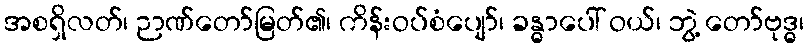
အစရှိလတ်၊ ဉာဏ်တော်မြတ်၏၊ ကိန်းဝပ်စံပျော်၊ ခန္ဓာပေါ် ဝယ်၊ ဘွဲ့ တော်ဗုဒ္ဓ၊